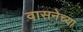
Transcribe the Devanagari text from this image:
वासनेच्या